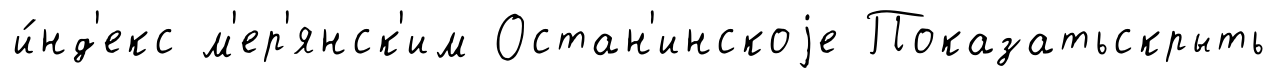
и́нд'екс м'ер'янск'им Остан'инскоjе Показатьскрыть